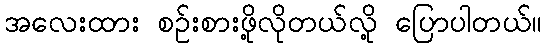
အလေးထား စဉ်းစားဖို့လိုတယ်လို့ ပြောပါတယ်။